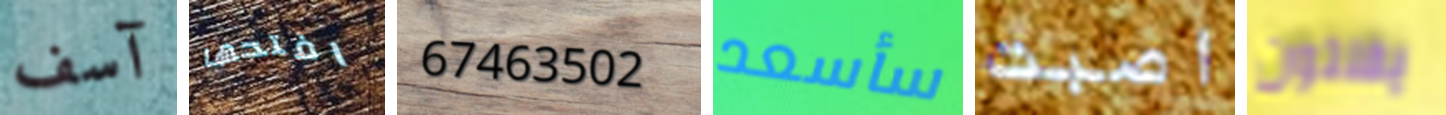
آسف افتحها 67463502 سأسعد اصبت يفلتون